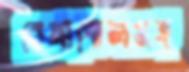
বেনাপোলসহ